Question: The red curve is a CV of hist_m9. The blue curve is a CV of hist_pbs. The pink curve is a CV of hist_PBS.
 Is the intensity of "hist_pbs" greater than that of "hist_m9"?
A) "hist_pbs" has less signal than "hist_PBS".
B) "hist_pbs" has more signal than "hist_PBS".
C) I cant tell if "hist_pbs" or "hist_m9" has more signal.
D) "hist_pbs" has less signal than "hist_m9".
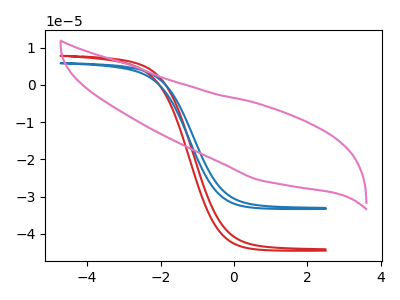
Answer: <think>The red curve "hist_m9" has no peaks. The blue curve "hist_pbs" has no peaks. The pink curve "hist_PBS" has no peaks.
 Neither "hist_pbs" or "hist_m9" have any peaks.</think>
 <answer>C) I cant tell if "hist_pbs" or "hist_m9" has more signal.</answer>
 <eval>C</eval>